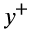
y ^ { + }